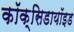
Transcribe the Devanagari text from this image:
कॉक्सिडायॉइड